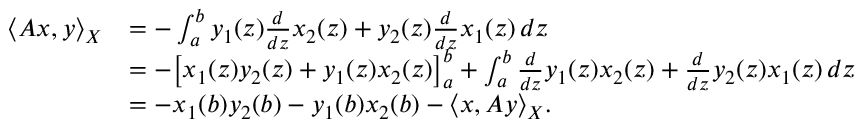
\begin{array} { r l } { \langle A x , y \rangle _ { X } } & { = - \int _ { a } ^ { b } y _ { 1 } ( z ) \frac { d } { d z } x _ { 2 } ( z ) + y _ { 2 } ( z ) \frac { d } { d z } x _ { 1 } ( z ) \, d z } \\ & { = - \big [ x _ { 1 } ( z ) y _ { 2 } ( z ) + y _ { 1 } ( z ) x _ { 2 } ( z ) \big ] _ { a } ^ { b } + \int _ { a } ^ { b } \frac { d } { d z } y _ { 1 } ( z ) x _ { 2 } ( z ) + \frac { d } { d z } y _ { 2 } ( z ) x _ { 1 } ( z ) \, d z } \\ & { = - x _ { 1 } ( b ) y _ { 2 } ( b ) - y _ { 1 } ( b ) x _ { 2 } ( b ) - \langle x , A y \rangle _ { X } . } \end{array}